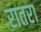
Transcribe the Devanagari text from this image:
रातरा